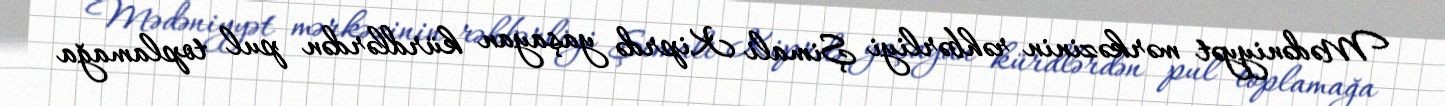
Mədəniyyət mərkəzinin rəhbərliyi Şimali Kiprdə yaşayan kürdlərdən pul toplamağa